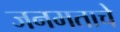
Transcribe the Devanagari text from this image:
जनमताचे